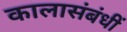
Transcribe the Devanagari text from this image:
कालासंबंधीं